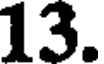
13.